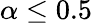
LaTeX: \alpha\leq 0.5